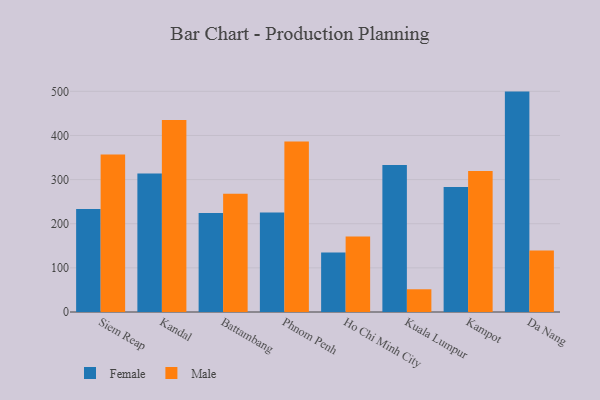
{"axis": {"x": "City", "y": "Tickets Resolved"}, "legend": ["Female", "Male"], "data": [{"x": "Siem Reap", "y": 233.4, "type": "Female"}, {"x": "Siem Reap", "y": 356.7, "type": "Male"}, {"x": "Kandal", "y": 313.6, "type": "Female"}, {"x": "Kandal", "y": 434.8, "type": "Male"}, {"x": "Battambang", "y": 224.2, "type": "Female"}, {"x": "Battambang", "y": 268.0, "type": "Male"}, {"x": "Phnom Penh", "y": 225.6, "type": "Female"}, {"x": "Phnom Penh", "y": 386.6, "type": "Male"}, {"x": "Ho Chi Minh City", "y": 134.7, "type": "Female"}, {"x": "Ho Chi Minh City", "y": 171.1, "type": "Male"}, {"x": "Kuala Lumpur", "y": 333.3, "type": "Female"}, {"x": "Kuala Lumpur", "y": 51.5, "type": "Male"}, {"x": "Kampot", "y": 283.0, "type": "Female"}, {"x": "Kampot", "y": 319.4, "type": "Male"}, {"x": "Da Nang", "y": 499.4, "type": "Female"}, {"x": "Da Nang", "y": 139.6, "type": "Male"}]}